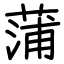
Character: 蒲